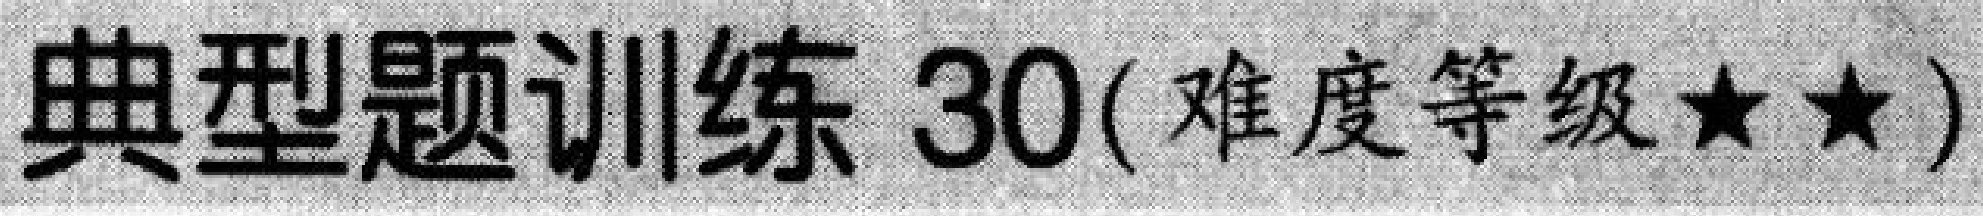
典型题训练 30(难度等级$\star\star$)